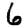
Digit: 6